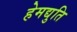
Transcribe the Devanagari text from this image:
हेमद्युति